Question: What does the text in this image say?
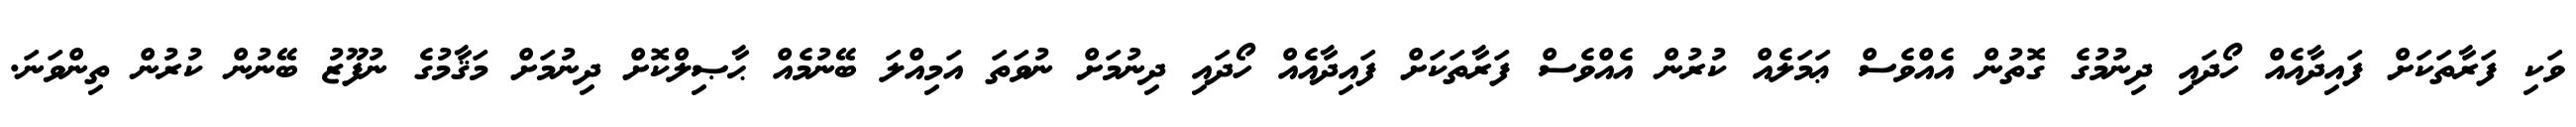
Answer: ވަކި ފަރާތަކަށް ފައިދާއެއް ހޯދައި ދިނުމުގެ ގޮތުން އެއްވެސް ޢަމަލެއް ކުރުން އެއްވެސް ފަރާތަކަށް ފައިދާއެއް ހޯދައި ދިނުމަށް ނުވަތަ އަމިއްލަ ބޭނުމެއް ޙާޞިލްކޮށް ދިނުމަށް މަޤާމުގެ ނުފޫޒު ބޭނުން ކުރުން ތިންވަނަ.